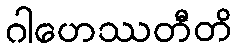
ဂါဟေဿတီတိ